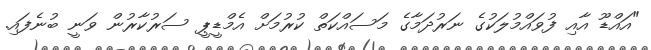
"އައްޑޫ އާއި ފުވައްމުލަކުގެ ނަރުދަމާގެ މަސައްކަތް ކުރުމަށް އެމްޑީޕީ ސަރުކާރުން ވަނީ ބުނެފައި.